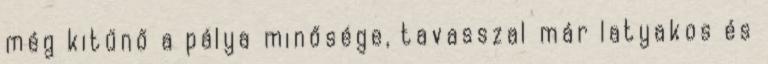
még kitűnő a pálya minősége, tavasszal már latyakos és